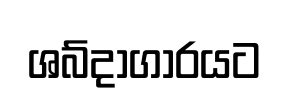
ශබ්දාගාරයට